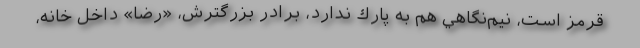
قرمز است، نيم‌نگاهي هم به پارك ندارد، برادر بزرگترش، «رضا» داخل خانه،